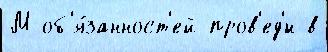
М об'я́занност'ей пров'ед'́н в